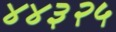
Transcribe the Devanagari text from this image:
४४३२५